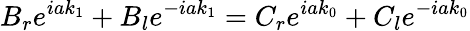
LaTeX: B_{r}e^{iak_{1}}+B_{l}e^{-iak_{1}}=C_{r}e^{iak_{0}}+C_{l}e^{-iak_{0}}